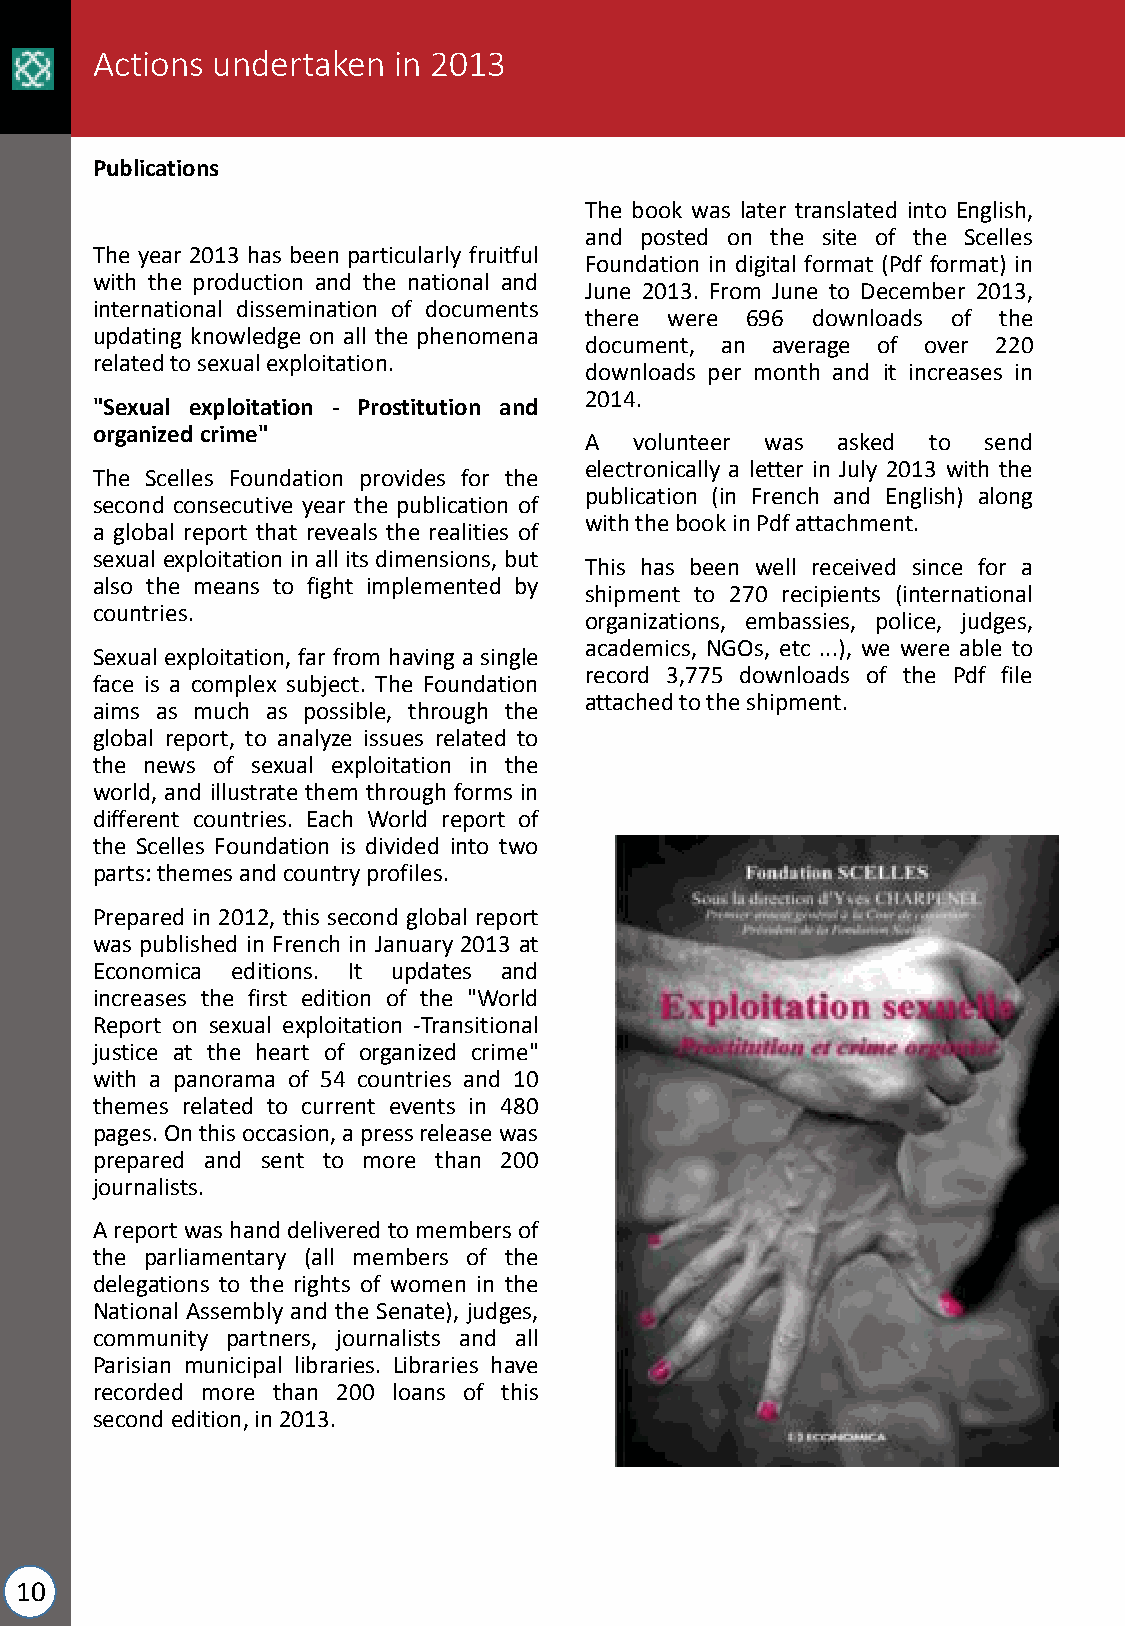
Actions undertaken  in 2013
 Publications
 The book was later translated into English,
 and posted on the site of the Scelles
 The year 2013 has been particularly fruitful
 Foundation in digital format (Pdf format) in
 with the production and the national and
 June 2013. From June to December 2013,
 international dissemination of documents
 there were 696 downloads of the
 updating knowledge on all the phenomena
 document, an average of over 220
 relatedtosexualexploitation.
 downloads per month and it increases in
 2014.
 "Sexual exploitation - Prostitution and
 organizedcrime"
 A  volunteer was asked to send
 electronically a letter in July 2013 with the
 The Scelles Foundation provides for the
 publication (in French and English) along
 second consecutive year the publication of
 withthebookinPdfattachment.
 a global report that reveals the realities of
 sexual exploitation in allits dimensions, but
 This has been well received since for a
 also the means to fight implemented by
 shipment to 270 recipients (international
 countries.
 organizations, embassies, police, judges,
 academics, NGOs, etc ...), we were able to
 Sexual exploitation, far from having a single
 record 3,775 downloads of the Pdf file
 face is a complex subject. The Foundation
 attachedtotheshipment.
 aims as much as possible, through the
 global report, to analyze issues related to
 the news of sexual exploitation in the
 world, and illustrate them through forms in
 different countries. Each World report of
 the Scelles Foundation is divided into two
 parts:themesandcountryprofiles.
 Prepared in 2012, this second global report
 was published in French in January 2013 at
 Economica editions. It updates and
 increases the first edition of the "World
 Report on sexual exploitation -Transitional
 justice at the heart of organized crime"
 with a panorama of 54 countries and 10
 themes related to current events in 480
 pages.Onthisoccasion,apressreleasewas
 prepared and sent to more than 200
 journalists.
 Areport washanddelivered to membersof
 the parliamentary (all members of the
 delegations to the rights of women in the
 National Assembly and the Senate), judges,
 community partners, journalists and all
 Parisian municipal libraries. Libraries have
 recorded more than 200 loans of this
 secondedition,in2013.
 10